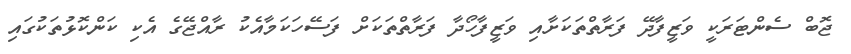
ޖޮބް ސެންޓަރަކީ ވަޒީފާދޭ ފަރާތްތަކަށާއި ވަޒީފާހޯދާ ފަރާތްތަކަށް ފަސޭހަކަމާއެކު ރާއްޖޭގެ އެކި ކަންކޮޅުތަކުގައި